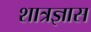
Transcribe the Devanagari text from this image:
शात्रज्ञास